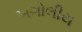
ખગોલીય